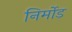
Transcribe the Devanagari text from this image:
निर्मोड